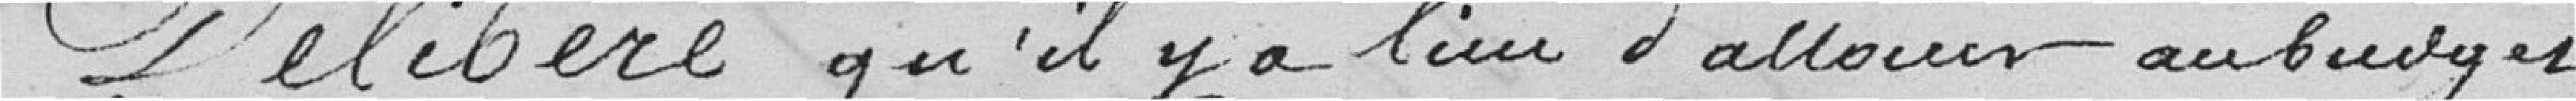
Délibère qu'il y a lieu d'allouer au budget